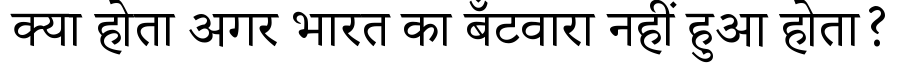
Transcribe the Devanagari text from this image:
क्या होता अगर भारत का बँटवारा नहीं हुआ होता?